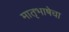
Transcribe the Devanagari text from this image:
मातृभाषेचा